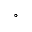
^ \circ